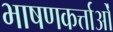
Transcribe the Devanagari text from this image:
भाषणकर्त्ताओं